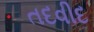
તદવીદ